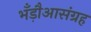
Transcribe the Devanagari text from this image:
भँड़ौआसंग्रह